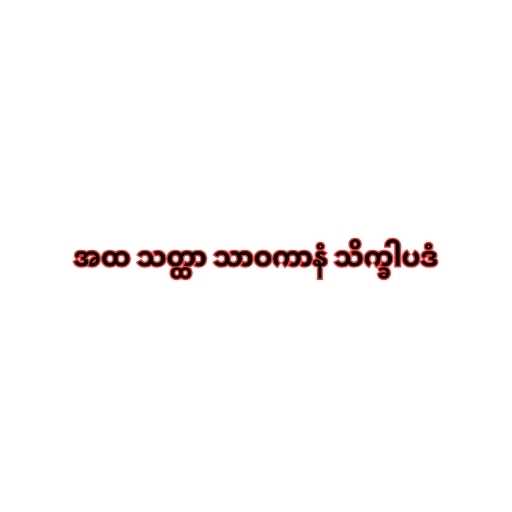
အထ သတ္ထာ သာဝကာနံ သိက္ခါပဒံ